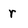
Character: r